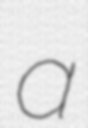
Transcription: a